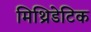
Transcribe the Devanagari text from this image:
मिथ्रिडेटिक